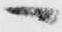
へ